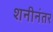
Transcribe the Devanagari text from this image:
शनीनंतर